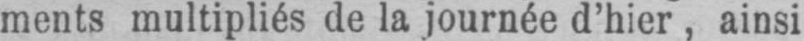
ments multipliés de la journée d’hier, ainsi